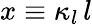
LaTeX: x\equiv\kappa_{l}\, l